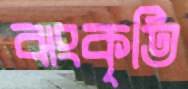
ঝংকৃতি